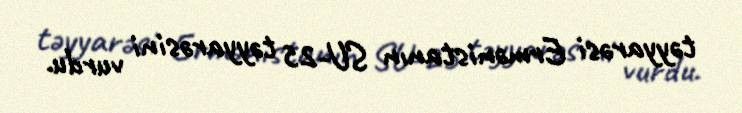
təyyarəsi Ermənistanın SU-25 təyyarəsini vurdu.